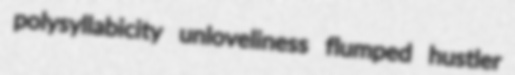
polysyllabicity unloveliness flumped hustler